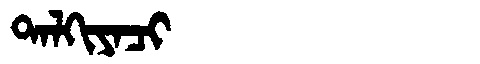
Manchu: ᡨᠠᠯᡴᡳᠶᠠᠴᡳ
Romanization: TALKIYACI